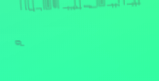
صيدلية الطبيعة تقدم منتجا